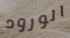
الورود